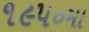
૧૯૫૦મા